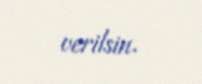
verilsin.